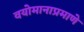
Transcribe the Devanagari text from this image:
वयोमानाप्रमाणे